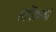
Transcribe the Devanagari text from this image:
सर्पिरभयां